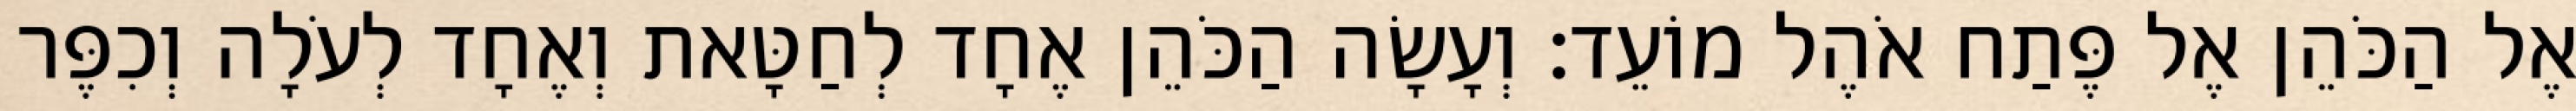
אֶל הַכֹּהֵן אֶל פֶּתַח אֹהֶל מוֹעֵד׃ וְעָשָׂה הַכֹּהֵן אֶחָד לְחַטָּאת וְאֶחָד לְעֹלָה וְכִפֶּר